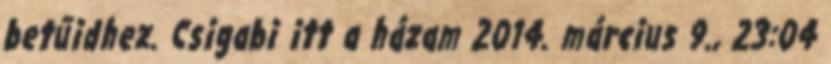
betűidhez. Csigabi itt a házam 2014. március 9., 23:04